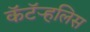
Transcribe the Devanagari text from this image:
कॅटॅर्‍हलिस